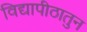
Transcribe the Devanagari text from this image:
विद्यापीठातुन